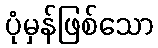
ပုံမှန်ဖြစ်သော